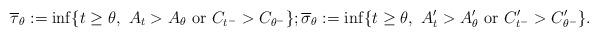
LaTeX: \begin{align*}\overline\tau_{\theta}:= \inf \{ t \geq \theta,\,\, A_t > A_{\theta} \,\,{\rm or}\,\, C_{t^-}>C_{\theta^-}\} ; \overline\sigma_{\theta}:= \inf \{ t \geq \theta,\,\, A'_t > A'_{\theta}\,\,{\rm or}\,\, C'_{t^-}>C'_{\theta^-}\}.\end{align*}